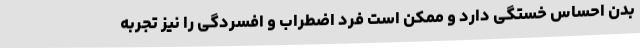
بدن احساس خستگی دارد و ممکن است فرد اضطراب و افسردگی را نیز تجربه